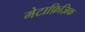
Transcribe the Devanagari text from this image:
मेटाफ़िज़िक